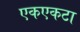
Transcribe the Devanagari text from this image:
एकएकटा